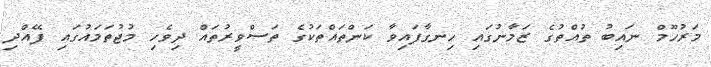
މަރުހޫމް ނައިބު ތުއްތުގެ ޒަމާނުގައި ހިނގާފައިވާ ކަންތައްތަކުގެ ތަސްވީރުތައް ދިވެހި މުޖުތަމައުގައި ފޭއްދި